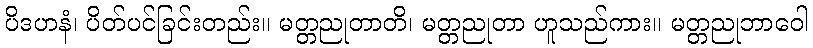
ပိဒဟနံ၊ ပိတ်ပင်ခြင်းတည်း။ မတ္တညုတာတိ၊ မတ္တညုတာ ဟူသည်ကား။ မတ္တညုဘာဝေါ